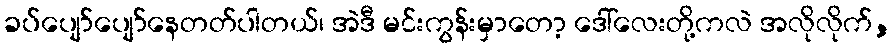
ခပ်ပျော်ပျော်နေတတ်ပါတယ်၊ အဲဒီ မင်းကွန်းမှာတော့ ဒေါ်လေးတို့ကလဲ အလိုလိုက်,